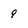
Character: 9